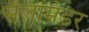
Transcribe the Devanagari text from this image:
सैलामंडर